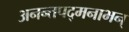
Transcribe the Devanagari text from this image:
अनन्तपद्मनाभन्